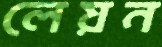
লেয়ন